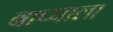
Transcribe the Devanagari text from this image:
बाप्पाला